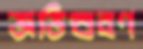
অভিস্রবণ